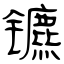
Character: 镳